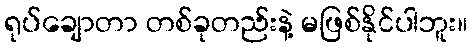
ရုပ်ချောတာ တစ်ခုတည်းနဲ့ မဖြစ်နိုင်ပါဘူး။